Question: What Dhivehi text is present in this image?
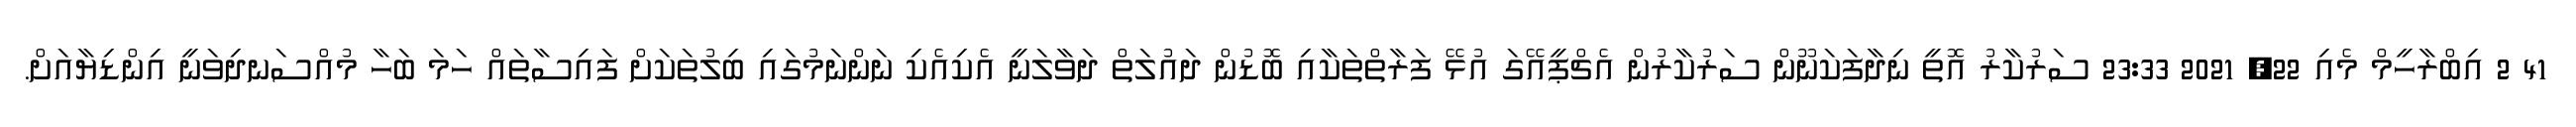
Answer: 41 2 އިބްރާހީމް މެއި 22, 2021 23:33 ސަރުކާރު އޮތީ ނިދާފަކަނޫން ސަރުކާރުން އެޗްޕީއޭގަ އުޅޭ ފަރާތްތަކާއި ބޮޑުން ދައުލަތް ދަވާލަނީ އެކިއެކި ނަންނަމުގައި ބިލުތަކަށް ފައިސާތައް ހަމަ ބަހާ މުއްސަނދިވަނީ އިންޑިޔާއަށް.